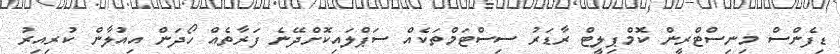
ޑިފެންސް މިނިސްޓްރީން ކޮމްޕިލީޓް ރާޑަރު ސިސްޓަމްތަކެއް ސަޕްލައިކޮށްދޭނެ ފަރާތެއް ހޯދަން އިއުލާން ކުރިއިރު